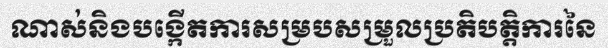
ណាស់និងបង្កើតការសម្របសម្រួលប្រតិបត្តិការនៃ